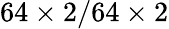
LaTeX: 64\times 2/64\times 2